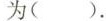
为()。